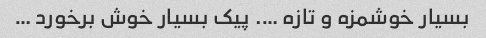
بسیار خوشمزه و تازه …. پیک بسیار خوش برخورد …